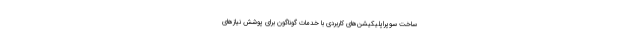
ساخت سوپراپلیکیشن‌های کاربردی با خدمات گوناگون برای پوشش نیازهای